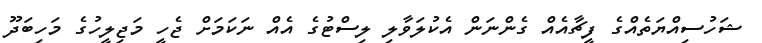
ޝަހުސިއްޔަތެއްގެ ފީޗާއެއް ގެންނަން އެކުލަވާލި ލިސްޓުގެ އެއް ނަކަމަށް ޖެހީ މަޖިލީހުގެ މަހިބަދޫ